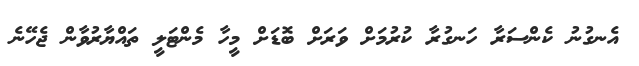
އެނގުނު ކެންސަރާ ހަނގުރާ ކުރުމަށް ވަރަށް ބޮޑަށް މީހާ މެންޓަލީ ތައްޔާރުވާން ޖެހޭނެ